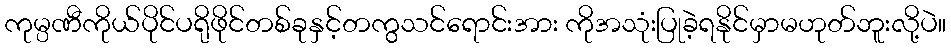
ကုမ္ပဏီကိုယ်ပိုင်ပရိုဖိုင်တစ်ခုနှင့်တကွသင်ရောင်းအား ကိုအသုံးပြုခဲ့ရနိုင်မှာမဟုတ်ဘူးလို့ပဲ။